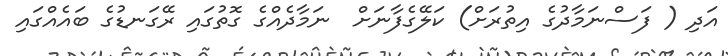
އަދި ( ފަސްނަމާދުގެ އިތުރަށް) ކަލޭގެފާނަށް  ނަމާދެއްގެ ގޮތުގައި ރޭގަނޑުގެ ބައެއްގައި